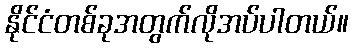
နိုင်ငံတစ်ခုအတွက်လိုအပ်ပါတယ်။